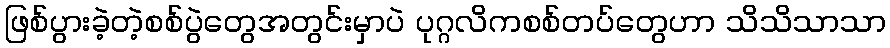
ဖြစ်ပွားခဲ့တဲ့စစ်ပွဲတွေအတွင်းမှာပဲ ပုဂ္ဂလိကစစ်တပ်တွေဟာ သိသိသာသာ